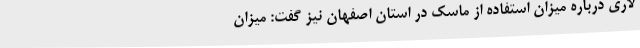
لاری درباره میزان استفاده از ماسک در استان اصفهان نیز گفت: میزان